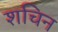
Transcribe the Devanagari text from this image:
शचिन